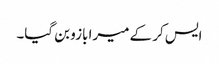
ایس کر کے میرا بازو بن گیا۔